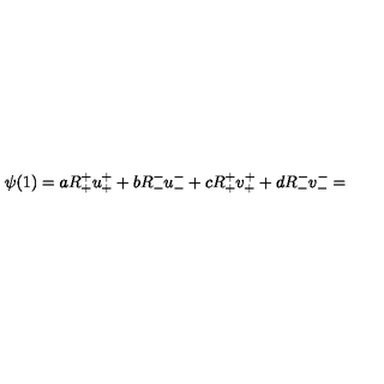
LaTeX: \psi ( 1 ) = a R _ { + } ^ { + } u _ { + } ^ { + } + b R _ { - } ^ { - } u _ { - } ^ { - } + c R _ { + } ^ { + } v _ { + } ^ { + } + d R _ { - } ^ { - } v _ { - } ^ { - } =